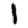
Digit: 1